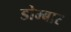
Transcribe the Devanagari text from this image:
डोम्बार